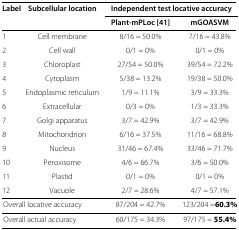
<table><thead><tr><td><b>Label</b></td><td><b>Subcellular location</b></td><td colspan="2"><b>Independent test locative accuracy</b></td></tr><tr><td>[EMPTY_CELL]</td><td>[EMPTY_CELL]</td><td><b>Plant-mPLoc [[41]]</b></td><td><b>mGOASVM</b></td></tr></thead><tbody><tr><td>1</td><td>Cell membrane</td><td>8/16 = 50.0%</td><td>7/16 = 43.8%</td></tr><tr><td>2</td><td>Cell wall</td><td>0/1 = 0%</td><td>0/1 = 0%</td></tr><tr><td>3</td><td>Chloroplast</td><td>27/54 = 50.0%</td><td>39/54 = 72.2%</td></tr><tr><td>4</td><td>Cytoplasm</td><td>5/38 = 13.2%</td><td>19/38 = 50.0%</td></tr><tr><td>5</td><td>Endoplasmic reticulum</td><td>1/9 = 11.1%</td><td>3/9 = 33.3%</td></tr><tr><td>6</td><td>Extracellular</td><td>0/3 = 0%</td><td>1/3 = 33.3%</td></tr><tr><td>7</td><td>Golgi apparatus</td><td>3/7 = 42.9%</td><td>3/7 = 42.9%</td></tr><tr><td>8</td><td>Mitochondrion</td><td>6/16 = 37.5%</td><td>11/16 = 68.8%</td></tr><tr><td>9</td><td>Nucleus</td><td>31/46 = 67.4%</td><td>33/46 = 71.7%</td></tr><tr><td>10</td><td>Peroxisome</td><td>4/6 = 66.7%</td><td>3/6 = 50.0%</td></tr><tr><td>11</td><td>Plastid</td><td>0/1 = 0%</td><td>0/1 = 0%</td></tr><tr><td>12</td><td>Vacuole</td><td>2/7 = 28.6%</td><td>4/7 = 57.1%</td></tr><tr><td colspan="2">Overall locative accuracy</td><td>87/204 = 42.7%</td><td>123/204 =<b>60.3%</b></td></tr><tr><td colspan="2">Overall actual accuracy</td><td>60/175 = 34.3%</td><td>97/175 = <b>55.4%</b></td></tr></tbody></table>